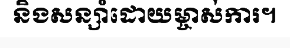
និងសន្សាំដោយម្ចាស់ការ។